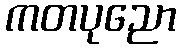
ကတပုညော